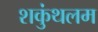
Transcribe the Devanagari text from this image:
शकुंथलम